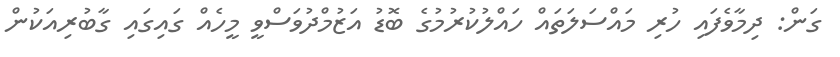
ގަން: ދިމާވެފައި ހުރި މައްސަލަތައް ހައްލުކުރުމުގެ ބޮޑު އަޒުމްދުވަސްވީ މީހެއް ގައިގައި ގާބުރިއަކުން